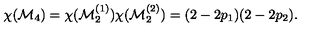
\chi ( { \cal M } _ { 4 } ) = \chi ( { \cal M } _ { 2 } ^ { ( 1 ) } ) \chi ( { \cal M } _ { 2 } ^ { ( 2 ) } ) = ( 2 - 2 p _ { 1 } ) ( 2 - 2 p _ { 2 } ) .